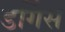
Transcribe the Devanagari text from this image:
डर्गिस